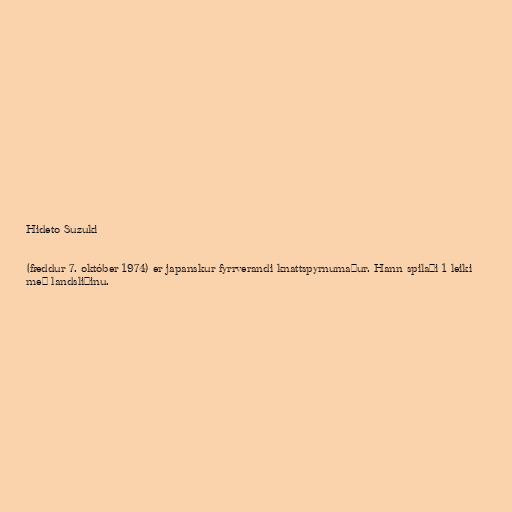
Hideto Suzuki

(fæddur 7. október 1974) er japanskur fyrrverandi knattspyrnumaður. Hann spilaði 1 leiki
með landsliðinu.